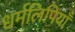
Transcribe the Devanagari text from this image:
धर्मलिपियाँ